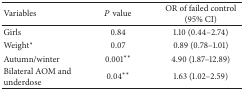
<table><thead><tr><td><b>Variables</b></td><td><b><i>P</i> value</b></td><td><b>OR of failed control (95% CI)</b></td></tr></thead><tbody><tr><td>Girls</td><td>0.84</td><td>1.10 (0.44–2.74)</td></tr><tr><td>Weight*</td><td>0.07</td><td>0.89 (0.78–1.01)</td></tr><tr><td>Autumn/winter</td><td>0.001**</td><td>4.90 (1.87–12.89)</td></tr><tr><td>Bilateral AOM and underdose</td><td>0.04**</td><td>1.63 (1.02–2.59)</td></tr></tbody></table>